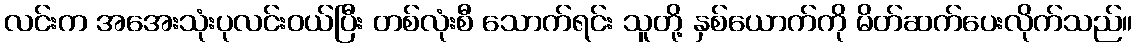
လင်းက အအေးသုံးပုလင်းဝယ်ပြီး တစ်လုံးစီ သောက်ရင်း သူတို့ နှစ်ယောက်ကို မိတ်ဆက်ပေးလိုက်သည်။